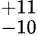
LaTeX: ^{+11}_{-10}